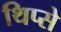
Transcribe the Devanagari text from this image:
थिप्से